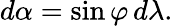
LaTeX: d\alpha=\sin\varphi\, d\lambda.